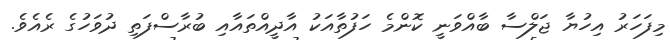
މިފަހަރު އިހުޔާ ޖަލްސާ ބާއްވަނީ ކޮންމެ ހަފުތާއަކު އާދީއްތައާއި ބުރާސްފަތި ދުވަހުގެ ރެއެވެ.